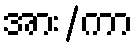
အား/ကာ